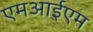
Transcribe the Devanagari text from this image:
एमआईएम